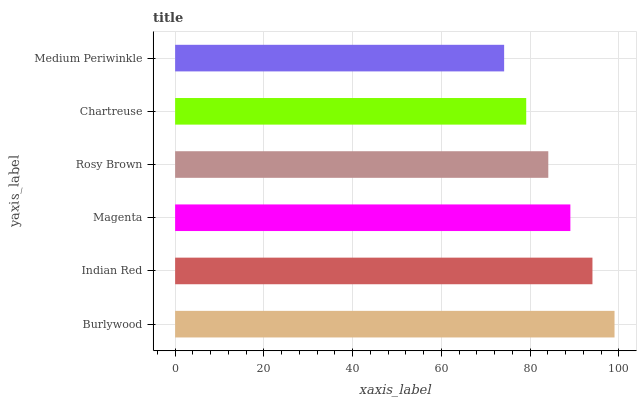
| yaxis_label | bars |
 | --- | --- |
 | Burlywood | 99 |
 | Indian Red | 94 |
 | Magenta | 89.1 |
 | Rosy Brown | 84.1 |
 | Chartreuse | 79.1 |
 | Medium Periwinkle | 74.1 |